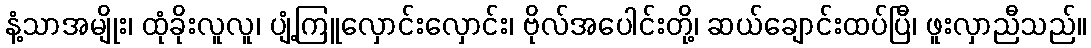
နံ့သာအမျိုး၊ ထုံခိုးလူလူ၊ ပျံ့ကြူလှောင်းလှောင်း၊ ဗိုလ်အပေါင်းတို့၊ ဆယ်ချောင်းထပ်ပြီ၊ ဖူးလှာညီသည်။